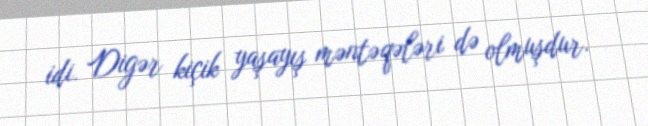
idi. Digər kiçik yaşayış məntəqələri də olmuşdur.